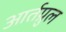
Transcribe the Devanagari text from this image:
आर्तग्रुल